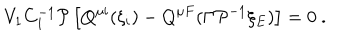
V _ { 1 } C _ { 1 } ^ { - 1 } { \cal P } \left[ Q ^ { \mu i } ( \xi _ { i } ) - Q ^ { \mu F } ( \Gamma { \cal P } ^ { - 1 } \xi _ { E } ) \right] = 0 \ .